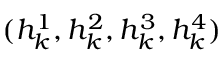
( h _ { k } ^ { 1 } , h _ { k } ^ { 2 } , h _ { k } ^ { 3 } , h _ { k } ^ { 4 } )